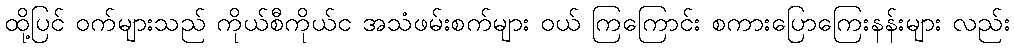
ထို့ပြင် ဝက်များသည် ကိုယ်စီကိုယ်င အသံဖမ်းစက်များ ဝယ် ကြကြောင်း စကားပြောကြေးနန်းများ လည်း